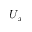
U _ { x }